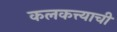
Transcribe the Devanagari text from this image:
कलकत्त्याची